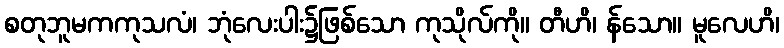
စတုဘူမကကုသလံ၊ ဘုံလေးပါး၌ဖြစ်သော ကုသိုလ်ကို။ တီဟိ၊ န်သော။ မူလေဟိ၊